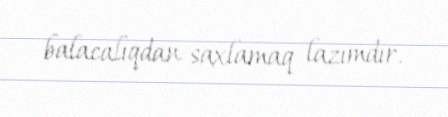
balacalıqdan saxlamaq lazımdır.